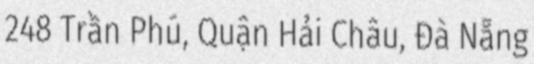
248 Trần Phú, Quận Hải Châu, Đà Nẵng